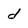
Character: d